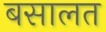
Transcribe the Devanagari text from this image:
बसालत